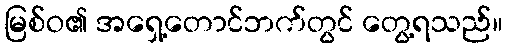
မြစ်ဝ၏ အရှေ့တောင်ဘက်တွင် တွေ့ရသည်။